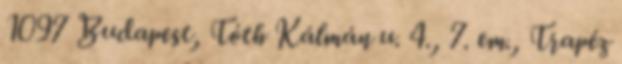
1097 Budapest, Tóth Kálmán u. 4., 7. em., Trapéz